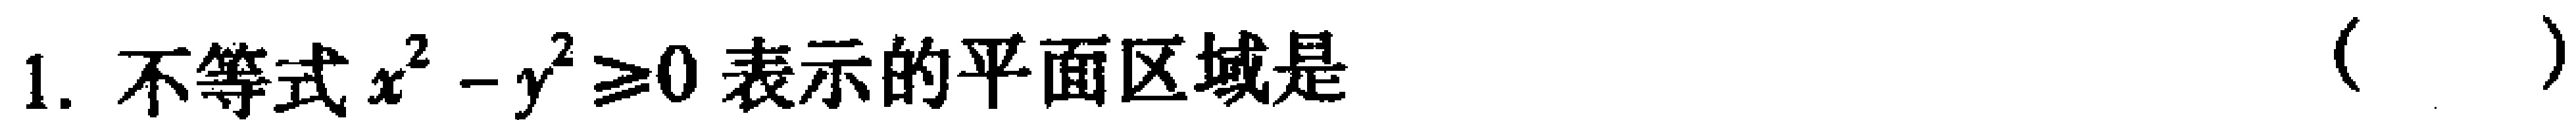
1. 不等式\(x^{2}-y^{2}\geq0\)表示的平面区域是（  ）